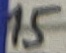
Text: 15